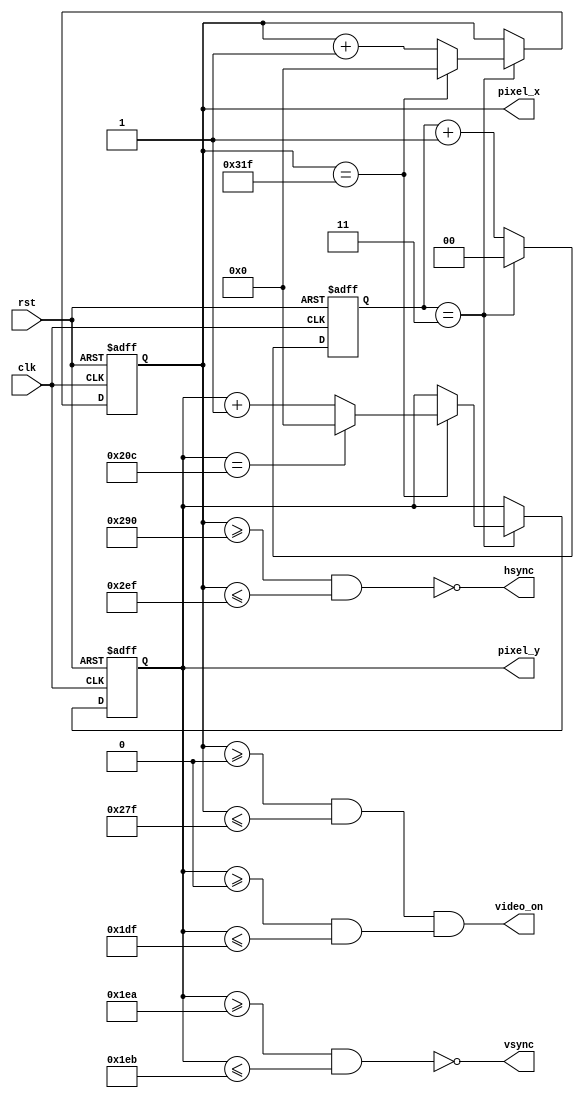
//****************************************************************// 
//  Class: CECS 361 						                          		//
//																						//				
//  Abstract: The vga_sync refreshes / update the computer monitor//
//																	               //
//  Created by       <Alina Suon> on <11-29-18>.                  // 
//  Copyright  2018 <Alina Suon>. All rights reserved.           // 
//                                                                //                                                                              // 
//  In submitting this file for class work at CSULB               // 
//  I am confirming that this is my work and the work             // 
//  of no one else. In submitting this code I acknowledge that    // 
//  plagiarism in student project work is subject to dismissal.   //  
//  from the class                                                // 
//****************************************************************//
`timescale 1ns / 1ps
module vga_sync(clk, rst, hsync, vsync, pixel_x, pixel_y, video_on);
   // Inputs
   input        clk, rst;
   
   // Outputs
   output       hsync, vsync, video_on;
   output [9:0] pixel_x, pixel_y;
   
   // Regs
   reg    [9:0] h_count, v_count;
   reg    [1:0] count;


   // Generate 25MHz tick
   // (1/25MHz) = 40ns/10ns = 4 counts
   // Only high when count = 3 (25MHz)

   assign tick = (count == 3); 
   always @ (posedge clk, posedge rst)
      if(rst) count <= 0; else
      if(tick)count <= 0; else
      count <= count + 2'b1;
      
   // Set Horizontal scan count
   // Range from 0-799 (800)
   // h_end is when the horizontal count should end
   // h_count tells where the x value is at
   assign h_end = (h_count == 10'd799); 
   always @ (posedge clk, posedge rst)  
      if(rst) h_count <= 0; else        
      if(tick)
         if (h_end)h_count <= 0; else
         h_count <= h_count + 10'b1;
         
         
   // Low Active (Negative logic)
   // Set Horizontal Sync Signal
   // Range from 656-751
   assign hsync = ~((h_count >= 656) & (h_count <= 751));
 
      
   // Set Vertical scan count
   // Range from 0-524 (525)
   // v_end is when the horizontal count should end
   assign v_end = (v_count == 10'd524);
      always @ (posedge clk, posedge rst)
         if(rst) v_count <= 0; else
         if(tick)
            if (h_end)
               if (v_end)v_count <= 0; else
               v_count <= v_count + 10'b1;
  
  // Low Active (Negative logic)
  // Set Vertical Sync Signal 
  // Range from 490-491
  assign vsync = ~((v_count >= 490) & (v_count <= 491));  
  
  // Assign
  assign pixel_x = h_count;
  assign pixel_y = v_count;
  
  // Vertical_video_on is high active
  // Active from Vertical scan count (0-479)
  assign vertical_video_on = ((v_count >= 0) & (v_count <= 479));
  
  // Horizontal_video_on is high active
  // Active from Horizontal scan count (0-639)
  assign horizontal_video_on = ((h_count  >=0) & (h_count <= 639));
  
  // Video_on is high active
  // Active when horizontal and vertical videos are on
  assign video_on = horizontal_video_on  & vertical_video_on;

      

endmodule